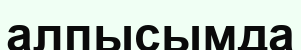
алпысымда